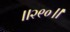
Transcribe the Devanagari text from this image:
॥२९०॥